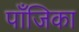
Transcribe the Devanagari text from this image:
पाँजिका